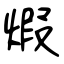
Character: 煆